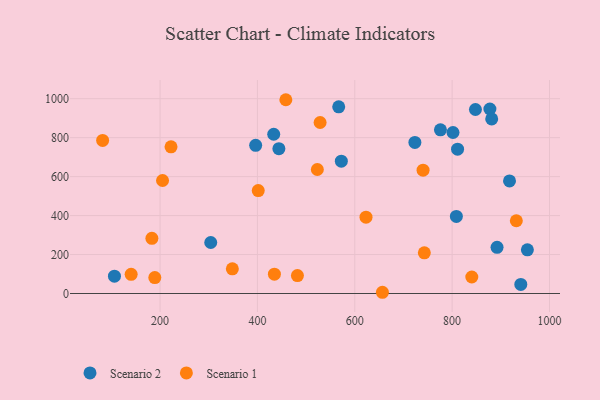
{"axis": {"x": "Study Hours", "y": "Exam Score"}, "legend": ["Scenario 1", "Scenario 2"], "data": [{"x": "917.9", "y": 577.8, "type": "Scenario 2"}, {"x": "572.4", "y": 679.1, "type": "Scenario 2"}, {"x": "567.0", "y": 958.1, "type": "Scenario 2"}, {"x": "941.1", "y": 46.8, "type": "Scenario 2"}, {"x": "808.7", "y": 395.9, "type": "Scenario 2"}, {"x": "723.5", "y": 775.6, "type": "Scenario 2"}, {"x": "433.5", "y": 817.4, "type": "Scenario 2"}, {"x": "847.9", "y": 944.4, "type": "Scenario 2"}, {"x": "811.2", "y": 740.8, "type": "Scenario 2"}, {"x": "877.6", "y": 947.0, "type": "Scenario 2"}, {"x": "396.4", "y": 760.5, "type": "Scenario 2"}, {"x": "444.1", "y": 743.5, "type": "Scenario 2"}, {"x": "106.3", "y": 88.7, "type": "Scenario 2"}, {"x": "776.0", "y": 840.2, "type": "Scenario 2"}, {"x": "801.8", "y": 826.4, "type": "Scenario 2"}, {"x": "892.3", "y": 236.9, "type": "Scenario 2"}, {"x": "304.1", "y": 261.8, "type": "Scenario 2"}, {"x": "881.3", "y": 895.9, "type": "Scenario 2"}, {"x": "954.6", "y": 224.0, "type": "Scenario 2"}, {"x": "458.4", "y": 994.7, "type": "Scenario 1"}, {"x": "840.4", "y": 84.7, "type": "Scenario 1"}, {"x": "205.1", "y": 580.0, "type": "Scenario 1"}, {"x": "623.1", "y": 391.6, "type": "Scenario 1"}, {"x": "482.2", "y": 91.9, "type": "Scenario 1"}, {"x": "528.8", "y": 877.9, "type": "Scenario 1"}, {"x": "434.9", "y": 99.2, "type": "Scenario 1"}, {"x": "523.1", "y": 636.5, "type": "Scenario 1"}, {"x": "183.2", "y": 283.4, "type": "Scenario 1"}, {"x": "740.3", "y": 633.2, "type": "Scenario 1"}, {"x": "348.5", "y": 126.8, "type": "Scenario 1"}, {"x": "656.8", "y": 6.3, "type": "Scenario 1"}, {"x": "222.5", "y": 752.9, "type": "Scenario 1"}, {"x": "401.7", "y": 528.1, "type": "Scenario 1"}, {"x": "140.6", "y": 98.2, "type": "Scenario 1"}, {"x": "82.0", "y": 786.0, "type": "Scenario 1"}, {"x": "742.9", "y": 208.8, "type": "Scenario 1"}, {"x": "931.9", "y": 373.4, "type": "Scenario 1"}, {"x": "189.2", "y": 81.6, "type": "Scenario 1"}]}